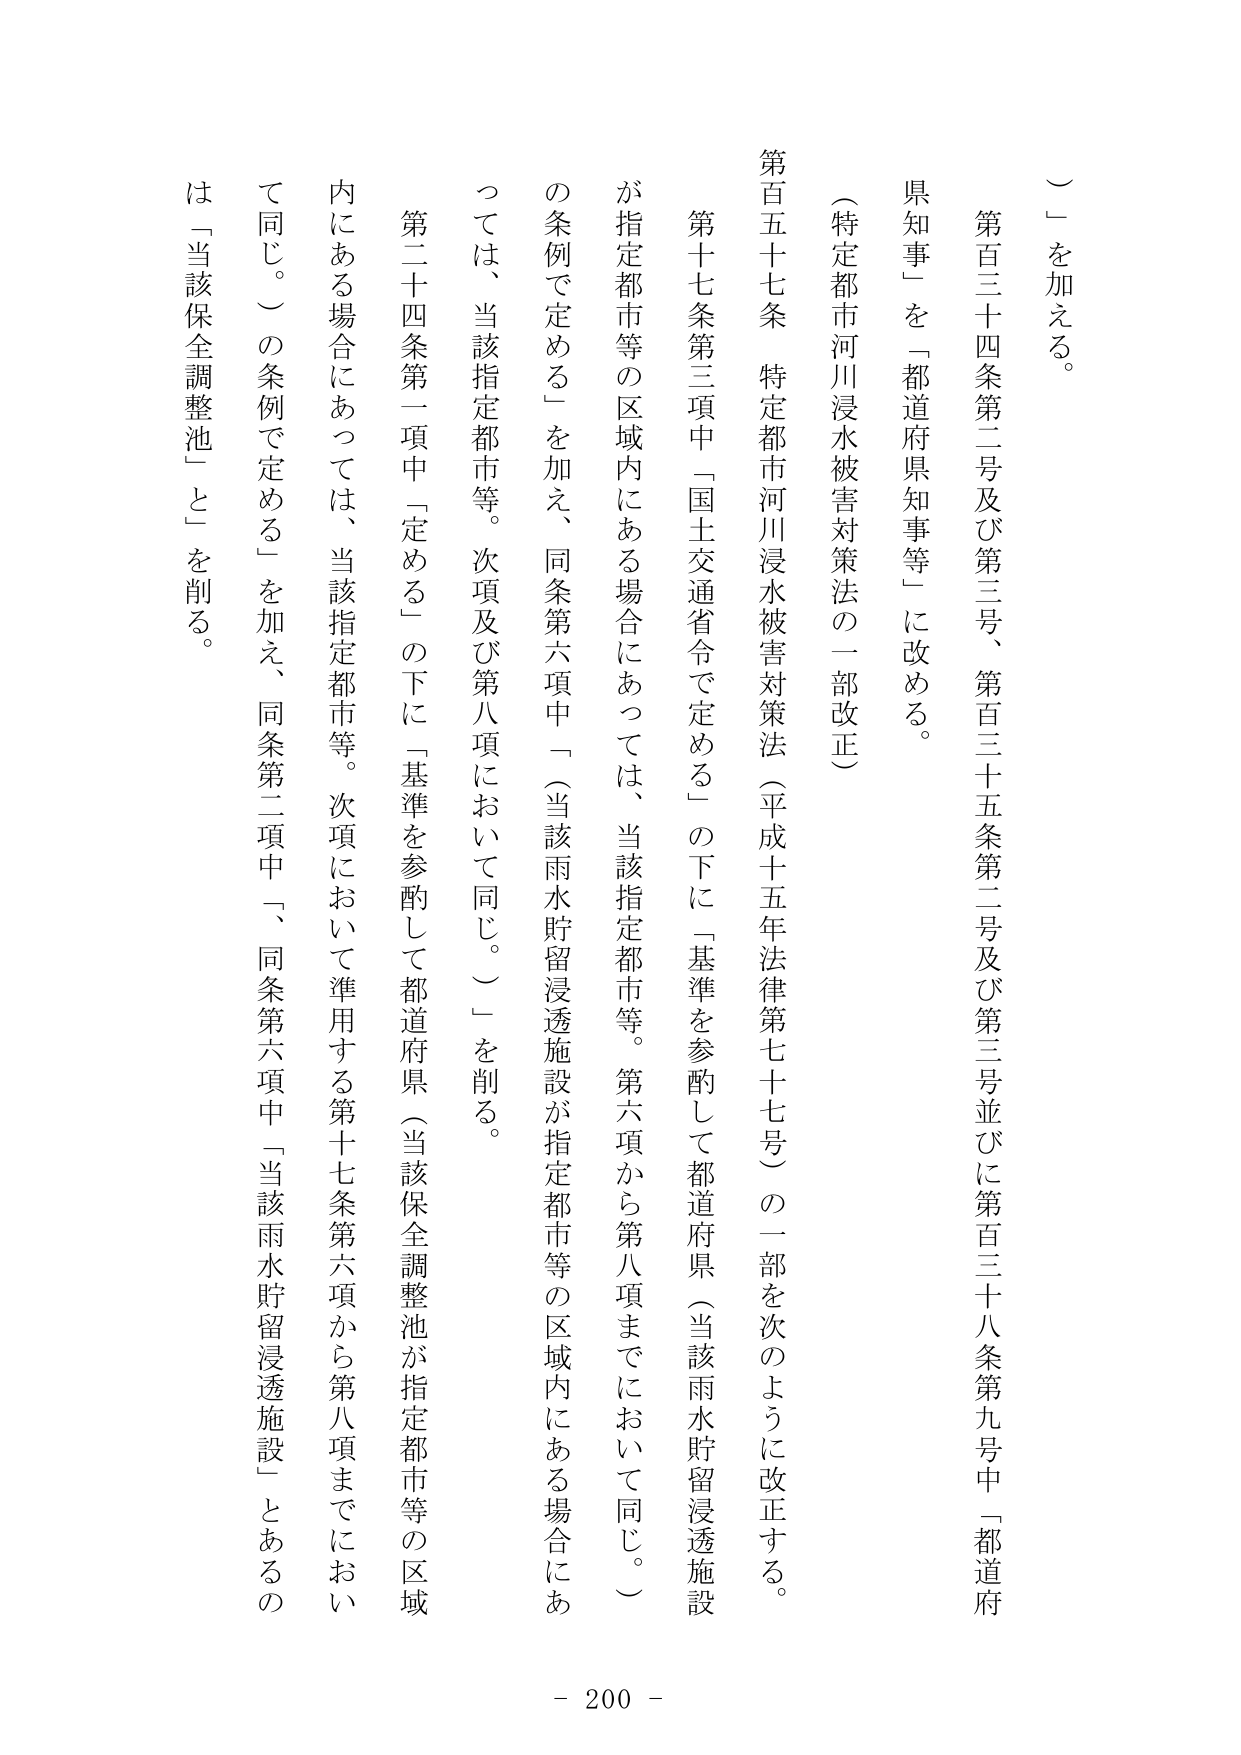
）」を加える。

第百三十四条第二号及び第三号、第百三十五条第二号及び第三号並びに第百三十八条第九号中「都道府県知事」を「都道府県知事等」に改める。

（特定都市河川浸水被害対策法の一部改正）

第百五十七条　特定都市河川浸水被害対策法（平成十五年法律第七十七号）の一部を次のように改正する。

第十七条第三項中「国土交通省令で定める」の下に「基準を参酌して都道府県（当該雨水貯留浸透施設が指定都市等の区域内にある場合にあっては、当該指定都市等。第六項から第八項までにおいて同じ。）」を加え、同条第六項中「（当該雨水貯留浸透施設が指定都市等の区域内にある場合にあっては、当該指定都市等。次項及び第八項において同じ。）」を削る。

第二十四条第一項中「定める」の下に「基準を参酌して都道府県（当該保全調整池が指定都市等の区域内にある場合にあっては、当該指定都市等。次項において準用する第十七条第六項から第八項までにおいて同じ。）」を加え、同条第二項中「、同条第六項中「当該雨水貯留浸透施設」とあるのは「当該保全調整池」と」を削る。

- 200 -